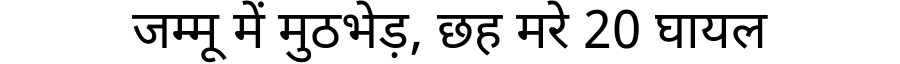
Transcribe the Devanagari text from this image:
जम्मू में मुठभेड़, छह मरे 20 घायल